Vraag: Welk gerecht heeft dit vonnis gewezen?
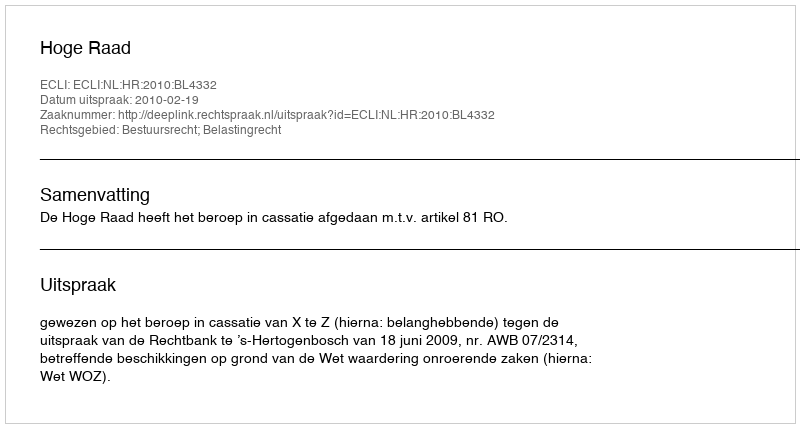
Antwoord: Hoge Raad